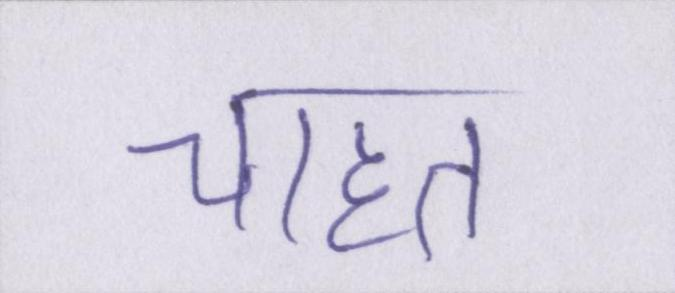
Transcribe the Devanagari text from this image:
चाहत